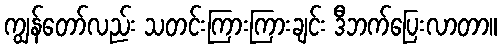
ကျွန်တော်လည်း သတင်းကြားကြားချင်း ဒီဘက်ပြေးလာတာ။